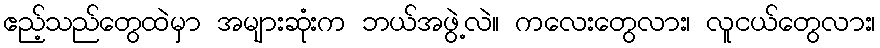
ဧည့်သည်တွေထဲမှာ အများဆုံးက ဘယ်အဖွဲ့လဲ။ ကလေးတွေလား၊ လူငယ်တွေလား၊